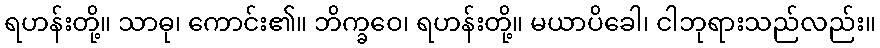
ရဟန်းတို့။ သာဓု၊ ကောင်း၏။ ဘိက္ခဝေ၊ ရဟန်းတို့။ မယာပိခေါ၊ ငါဘုရားသည်လည်း။